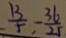
\frac { 1 3 } { 5 } , - \frac { 3 6 } { 2 5 }